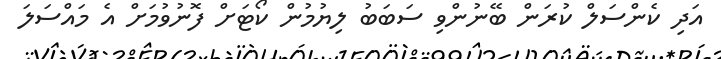
އަދި ކެންސަލް ކުރަން ބޭނުންވި ސަބަބު ލިޔުމުން ކޯޓަށް ފޮނުވުމަށް އެ މައްސަލަ